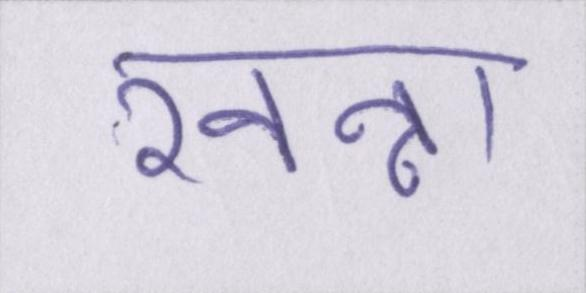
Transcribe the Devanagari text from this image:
खन्ना